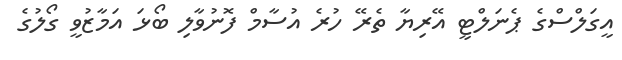
އީގަލްސްގެ ޕެނަލްޓީ އޭރިޔާ ތެރޭ ހުރެ އުސާމް ފޮނުވާލި ބޯޅަ އަމާޒުވީ ގޯލުގެ